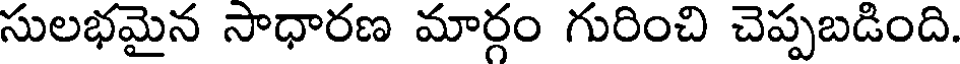
సులభమైన సాధారణ మార్గం గురించి చెప్పబడింది.